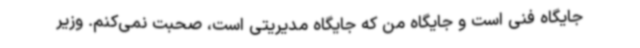
جایگاه فنی است و جایگاه من که جایگاه مدیریتی است، صحبت نمی‌کنم. وزیر